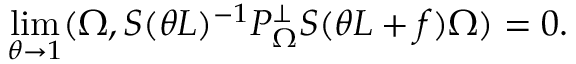
\operatorname * { l i m } _ { \theta \to 1 } ( \Omega , S ( \theta { \cal L } ) ^ { - 1 } P _ { \Omega } ^ { \bot } S ( \theta { \cal L } + f ) \Omega ) = 0 .